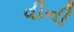
વીની